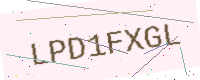
Text: LPD1FXGL